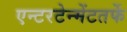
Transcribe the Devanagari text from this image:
एन्टरटेन्मेंटतर्फे